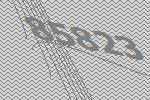
85823